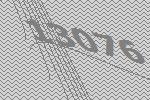
13076